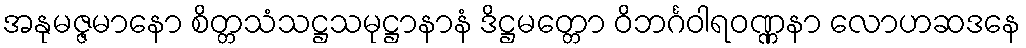
အနုမဇ္ဇမာနော စိတ္တသံသဋ္ဌသမုဋ္ဌာနာနံ ဒိဋ္ဌမတ္တော ဝိဘင်္ဂဝါရဝဏ္ဏနာ လောဟဆဒနေ